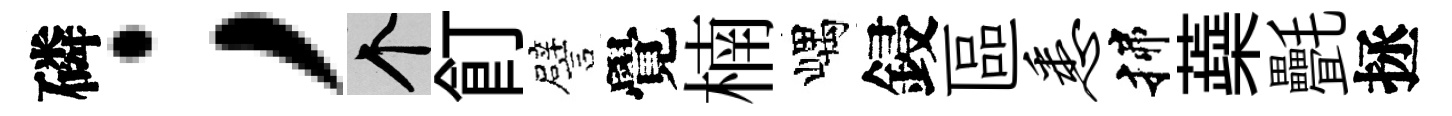
磷；个飣譬覺楠嵎鋟區悉揲蘃㲲拯